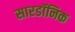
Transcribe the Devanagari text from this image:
सारडॉनिक